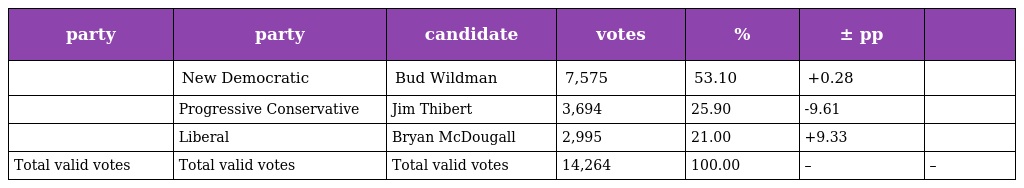
| party | party | candidate | votes | % | ± pp |  |
 | --- | --- | --- | --- | --- | --- | --- |
 |  | New Democratic | Bud Wildman | 7,575 | 53.10 | +0.28 |  |
 |  | Progressive Conservative | Jim Thibert | 3,694 | 25.90 | -9.61 |  |
 |  | Liberal | Bryan McDougall | 2,995 | 21.00 | +9.33 |  |
 | Total valid votes | Total valid votes | Total valid votes | 14,264 | 100.00 | – | – |